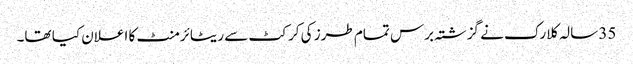
35 سالہ کلارک نے گزشتہ برس تمام طرز کی کرکٹ سے ریٹائرمنٹ کا اعلان کیا تھا۔